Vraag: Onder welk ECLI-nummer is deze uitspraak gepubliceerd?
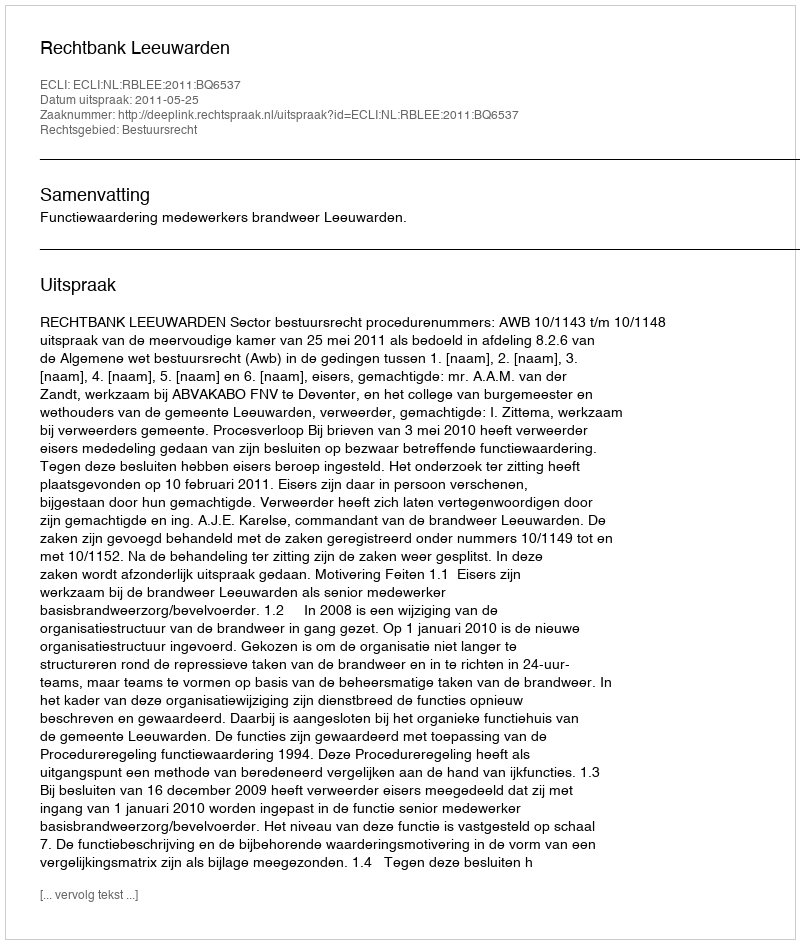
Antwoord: ECLI:NL:RBLEE:2011:BQ6537